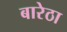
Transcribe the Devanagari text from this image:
बारेठा